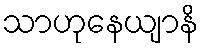
သာဟုနေယျာနိ